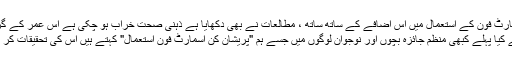
تاہم ، اسمارٹ فون کے استعمال میں اس اضافے کے ساتھ ساتھ ، مطالعات نے بھی دکھایا ہے ذہنی صحت خراب ہو چکی ہے اس عمر کے گروپ میں
ہم نے کیا پہلے کبھی منظم جائزہ بچوں اور نوجوان لوگوں میں جسے ہم "پریشان کن اسمارٹ فون استعمال" کہتے ہیں اس کی تحقیقات کر رہے ہیں۔